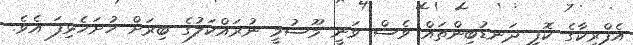
އެފްރިކާގެ ކޮފީ ދަނޑުބިންތައް ވެސް ވަނީ މޫސުމީ ނުރައްކަލުގެ ބިރަށް ހުށަހެޅިފަ އެވެ.